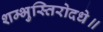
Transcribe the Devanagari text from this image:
शम्भुस्तिरोदधे॥